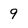
Character: 9